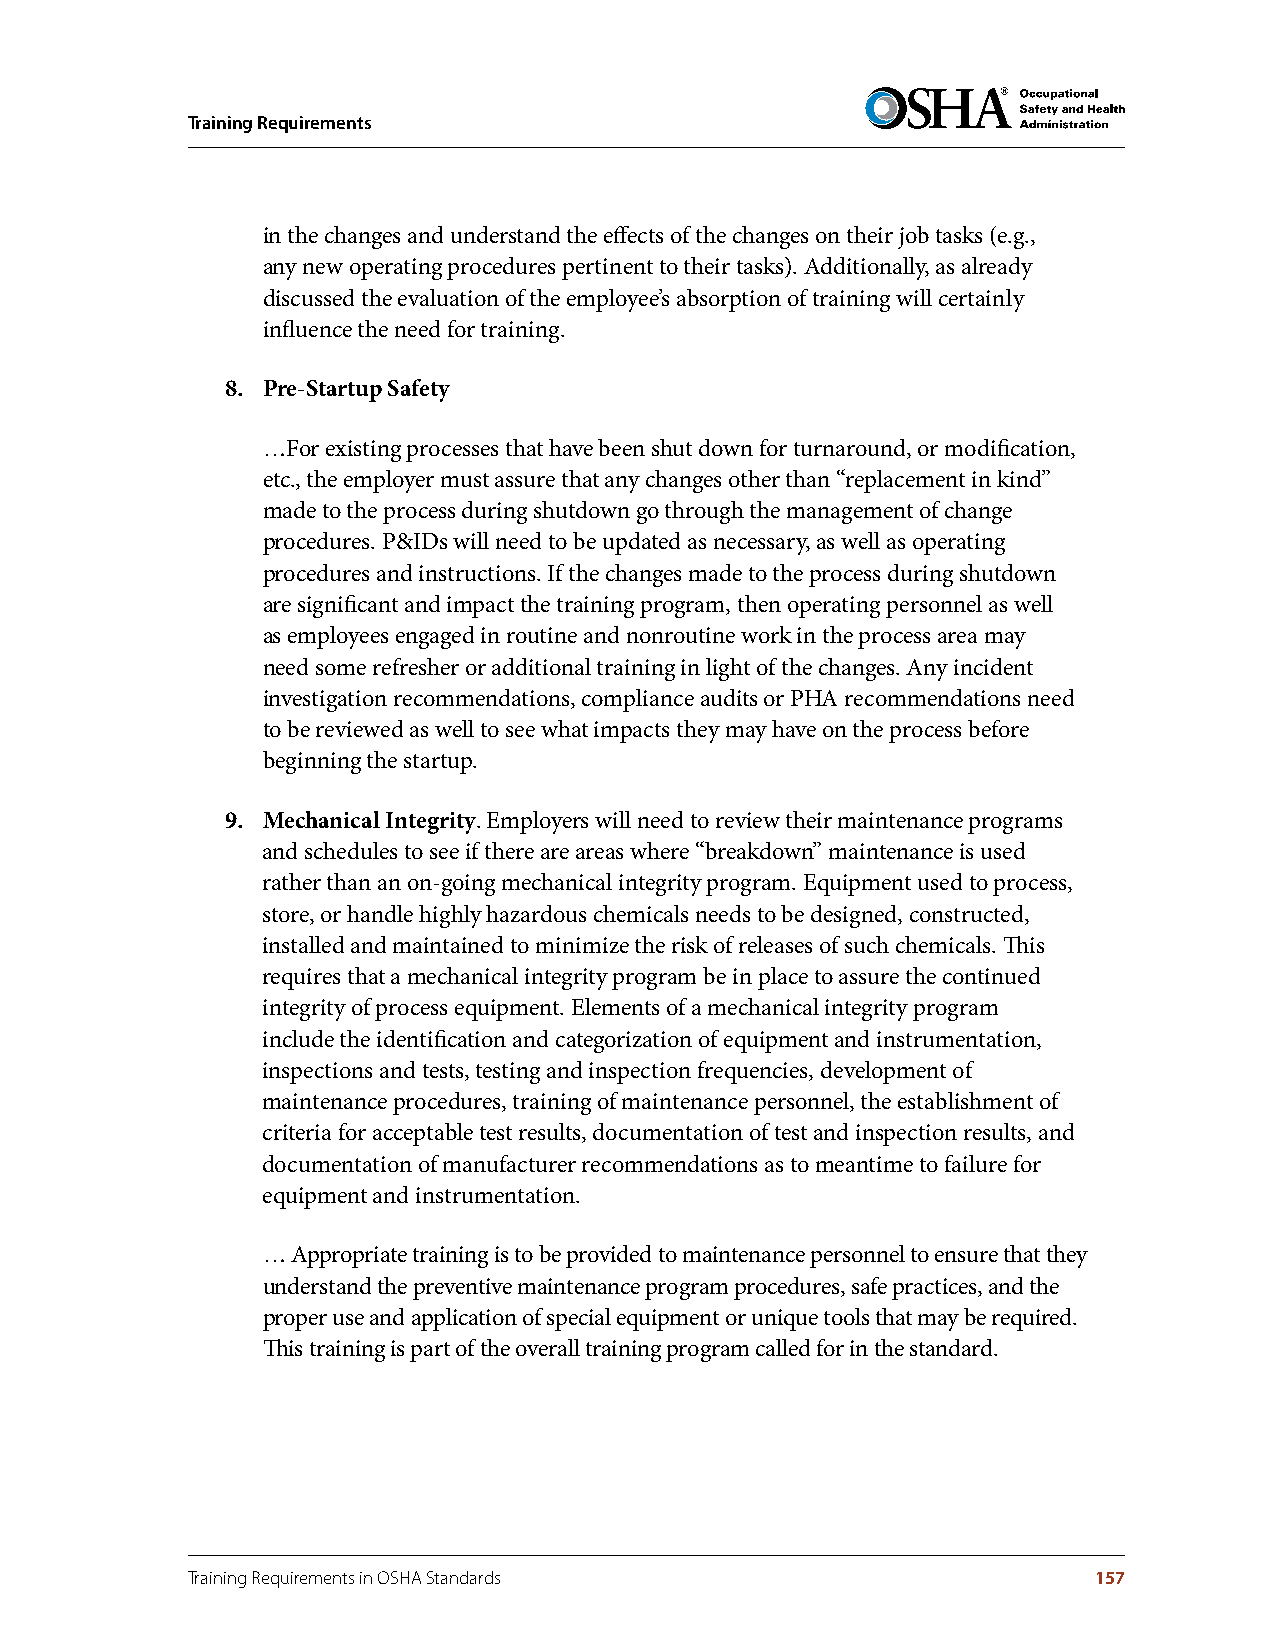
Training Requirements
 in the changes and understand the effects of the changes on their job tasks (e.g.,
 any new operating procedures pertinent to their tasks). Additionally, as already
 discussed the evaluation of the employee’s absorption of training will certainly
 influence the need for training.
 8 . Pre-Startup Safety
 …For existing processes that have been shut down for turnaround, or modification,
 etc., the employer must assure that any changes other than “replacement in kind”
 made to the process during shutdown go through the management of change
 procedures. P&IDs will need to be updated as necessary, as well as operating
 procedures and instructions. If the changes made to the process during shutdown
 are significant and impact the training program, then operating personnel as well
 as employees engaged in routine and nonroutine work in the process area may
 need some refresher or additional training in light of the changes. Any incident
 investigation recommendations, compliance audits or PHA recommendations need
 to be reviewed as well to see what impacts they may have on the process before
 beginning the startup.
 9 . Mechanical Integrity. Employers will need to review their maintenance programs
 and schedules to see if there are areas where “breakdown” maintenance is used
 rather than an on-going mechanical integrity program. Equipment used to process,
 store, or handle highly hazardous chemicals needs to be designed, constructed,
 installed and maintained to minimize the risk of releases of such chemicals. This
 requires that a mechanical integrity program be in place to assure the continued
 integrity of process equipment. Elements of a mechanical integrity program
 include the identification and categorization of equipment and instrumentation,
 inspections and tests, testing and inspection frequencies, development of
 maintenance procedures, training of maintenance personnel, the establishment of
 criteria for acceptable test results, documentation of test and inspection results, and
 documentation of manufacturer recommendations as to meantime to failure for
 equipment and instrumentation.
 … Appropriate training is to be provided to maintenance personnel to ensure that they
 understand the preventive maintenance program procedures, safe practices, and the
 proper use and application of special equipment or unique tools that may be required.
 This training is part of the overall training program called for in the standard.
 Training Requirements in OSHA Standards                     157